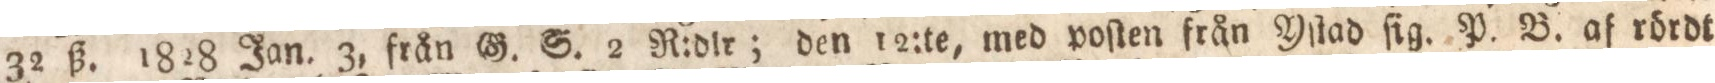
32 ß. 1828 Jan. 3, från G. S. 2 R:dlr; den 12:te, med poſten från Yſtad ſig. P. B. af rördt